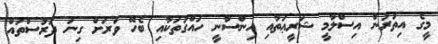
މީގެ އިތުރުން އިސްލާމީ ޝަރީޢަތާއި އިންސާނީ ހައްގުތަކާއި ބެހޭ ވަރަށް ގިނަ ދަރުސްތައް